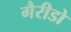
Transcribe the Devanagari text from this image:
गैरीडो